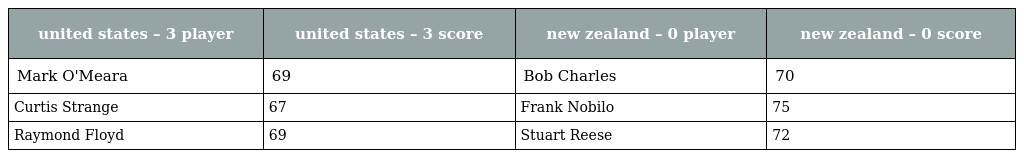
| united states – 3 player | united states – 3 score | new zealand – 0 player | new zealand – 0 score |
 | --- | --- | --- | --- |
 | Mark O'Meara | 69 | Bob Charles | 70 |
 | Curtis Strange | 67 | Frank Nobilo | 75 |
 | Raymond Floyd | 69 | Stuart Reese | 72 |